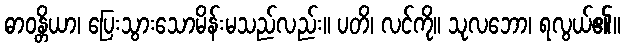
ဓာဝန္တိယာ၊ ပြေးသွားသောမိန်းမသည်လည်း။ ပတိ၊ လင်ကို။ သုလဘော၊ ရလွယ်၏။